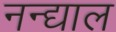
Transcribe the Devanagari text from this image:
नन्द्याल